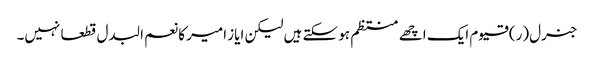
جنرل(ر) قیوم ایک اچھے منتظم ہو سکتے ہیں لیکن ایاز امیر کا نعم البدل قطعا نہیں۔